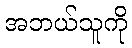
အဘယ်သူကို